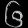
Digit: ၆